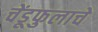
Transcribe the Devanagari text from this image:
चेंडूफुलाचे